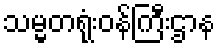
သမ္မတရုံးဝန်ကြီးဌာန